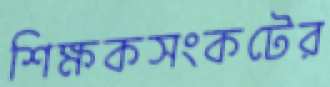
শিক্ষকসংকটের